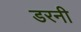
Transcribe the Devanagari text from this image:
डरनी